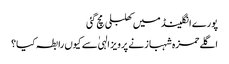
پورے انگلینڈ میں کھلبلی مچ گئی
اگلے حمزہ شہباز نے پرویز الہیٰ سے کیوں رابطہ کیا؟